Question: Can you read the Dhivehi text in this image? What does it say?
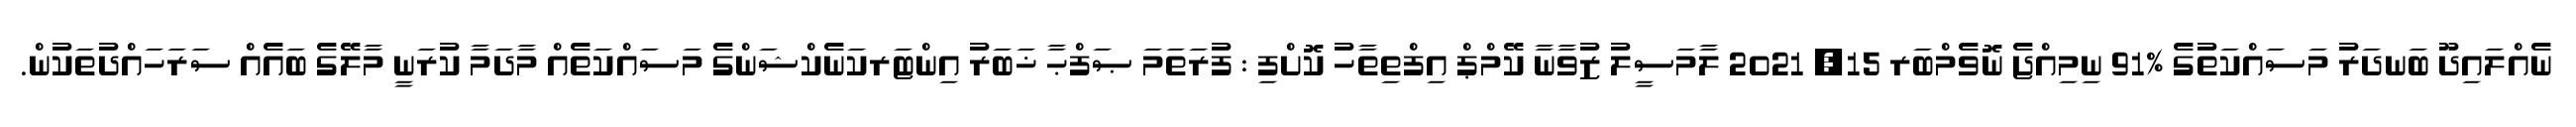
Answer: ނެއްލައިދޫ ބަނދަރު މަސައްކަތުގެ %91 ނިމިއްޖެ ނޮވެމްބަރ 15, 2021 ލާމަސީލު ޒުވާނާ ކޭމްޕް އިފްތިތާހު ކޮށްފި : ފުރަތަމަ ޞަފްޙާ ޚަބަރު އިންޓަރކަނެކްޝަންގެ މަސައްކަތެއް މާދަމާ ކުރަނީ މާލޭގެ ބައެއް ސަރަހައްދުތަކުން.